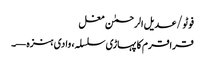
فوٹو/عدیل الرحمٰن مغل
قراقرم کا پہاڑی سلسلہ، وادی ہنزہ—۔